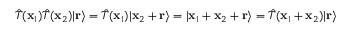
{ \hat { T } } ( \mathbf { x } _ { 1 } ) { \hat { T } } ( \mathbf { x } _ { 2 } ) | \mathbf { r } \rangle = { \hat { T } } ( \mathbf { x } _ { 1 } ) | \mathbf { x } _ { 2 } + \mathbf { r } \rangle = | \mathbf { x } _ { 1 } + \mathbf { x } _ { 2 } + \mathbf { r } \rangle = { \hat { T } } ( \mathbf { x } _ { 1 } + \mathbf { x } _ { 2 } ) | \mathbf { r } \rangle